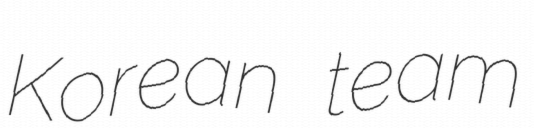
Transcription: Korean team